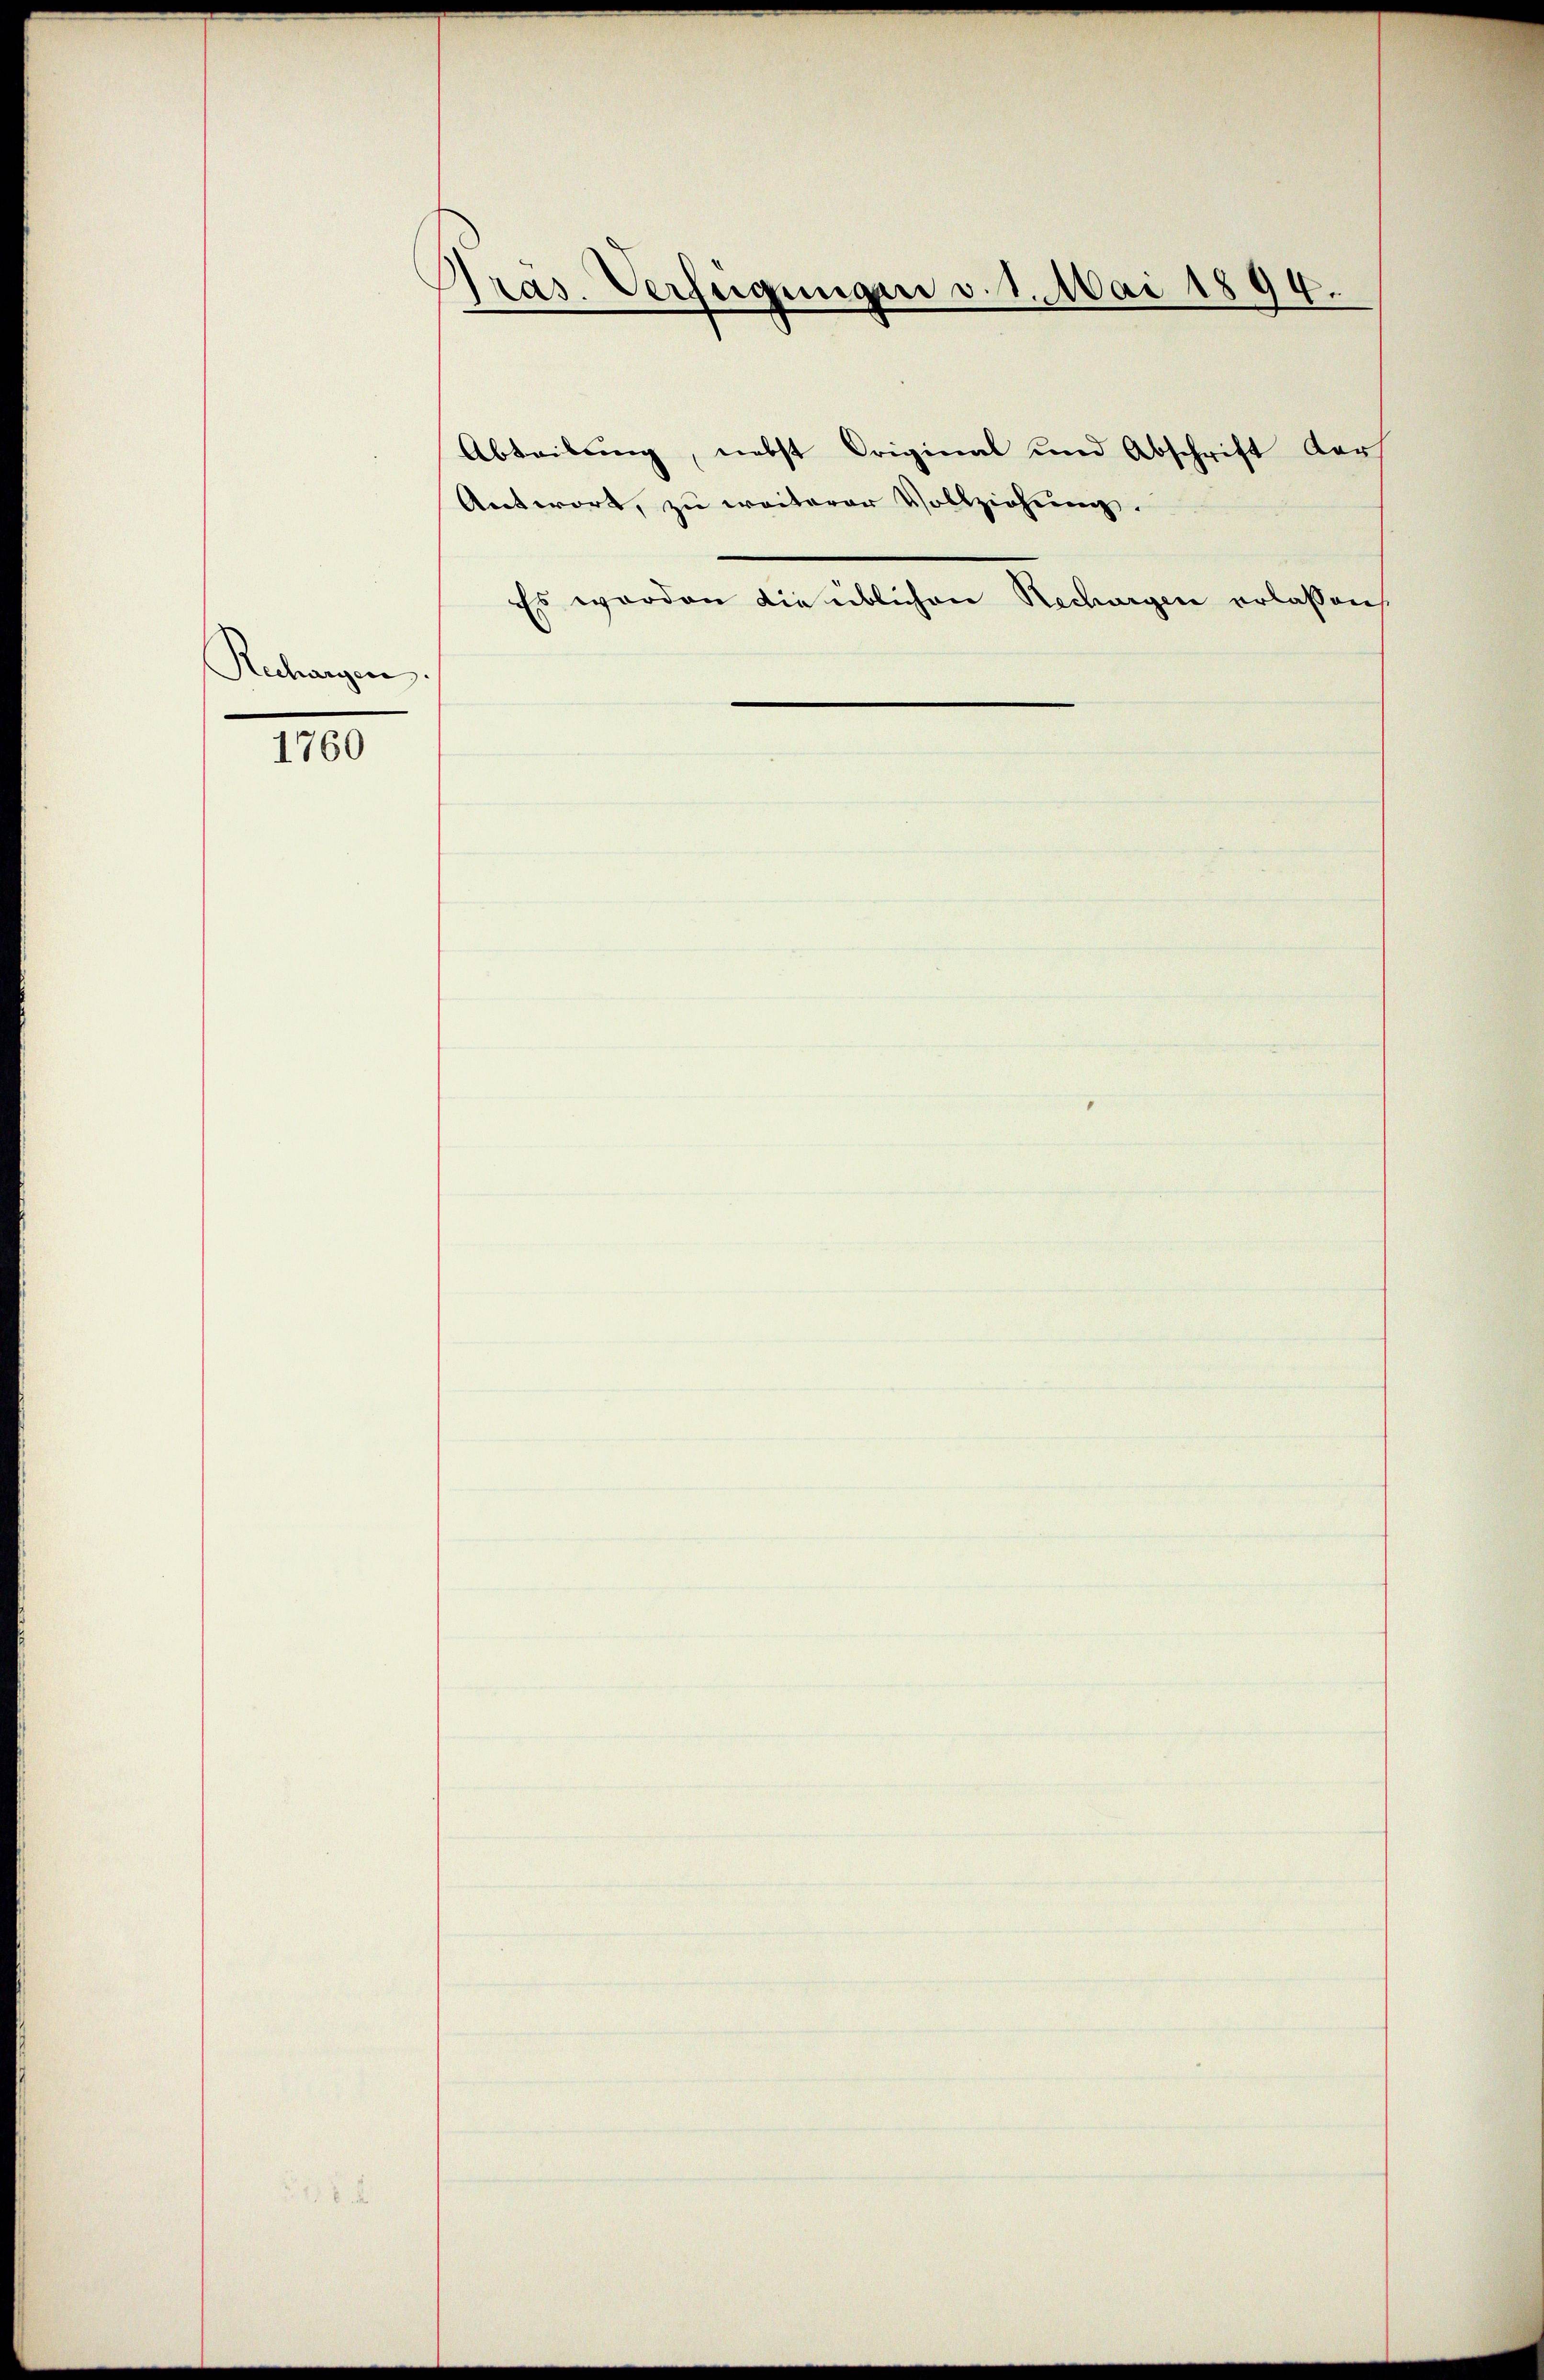
Ruchargen.

1760

Pras. Verfügungen v. 1. Mai 1894.
Abteibung, nebst Original und Abschrift der
Antwort, zu weiterer Vollziehŭng.

Es werden die üblichen Rechargen erlassen